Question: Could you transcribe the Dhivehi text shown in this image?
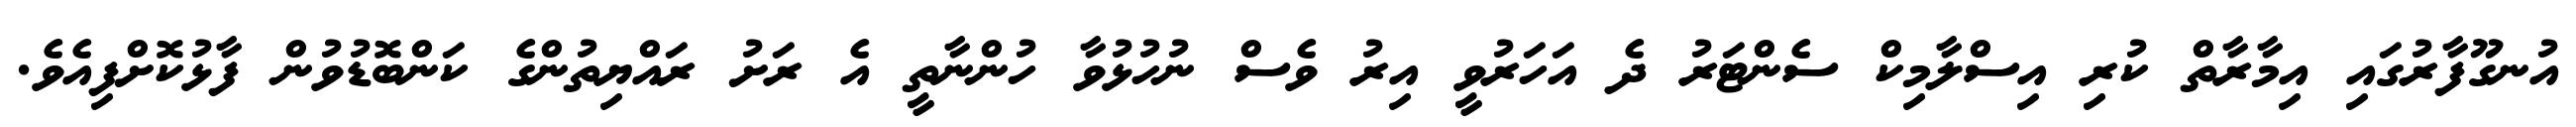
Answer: އުނގޫފާރުގައި އިމާރާތް ކުރި އިސްލާމިކް ސެންޓަރު ދެ އަހަރުވީ އިރު ވެސް ނުހުޅުވާ ހުންނާތީ އެ ރަށު ރައްޔިތުންގެ ކަންބޮޑުވުން ފާޅުކޮށްފިއެވެ.